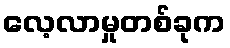
လေ့လာမှုတစ်ခုက